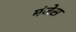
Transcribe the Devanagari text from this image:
मंजेस